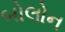
બોલોન